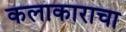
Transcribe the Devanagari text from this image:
कलाकाराचा